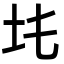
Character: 𡉒